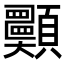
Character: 𩖈